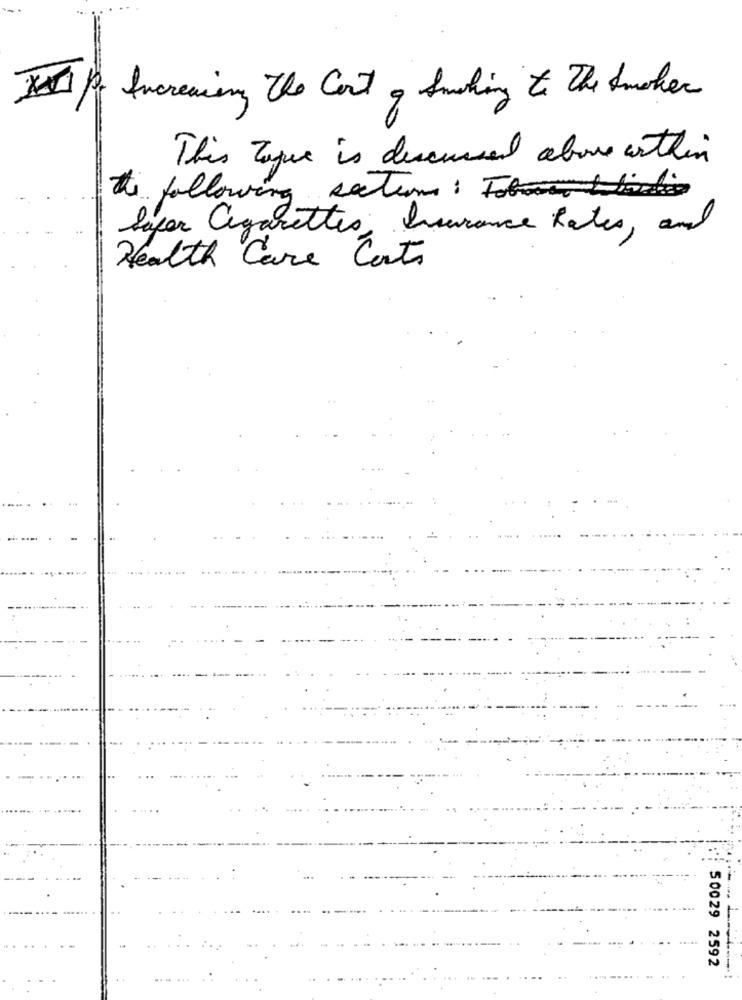
HI for Increasing the Cost , Smoking to The Smoker
This Toque is discussed above within
the following sature : Foto blodig
Super Cigarettes, Insurance Rates, and
Health Care Costs
50029 2592